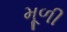
મૂળી